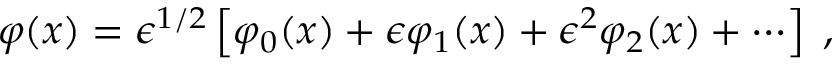
\varphi ( x ) = \epsilon ^ { 1 / 2 } \left\lbrack \varphi _ { 0 } ( x ) + \epsilon \varphi _ { 1 } ( x ) + \epsilon ^ { 2 } \varphi _ { 2 } ( x ) + \cdots \right\rbrack \; ,